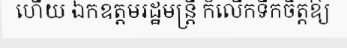
ហើយ ឯកឧត្តមរដ្ឋមន្ត្រី ក៏លើកទឹកចិត្តឱ្យ